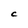
Character: C